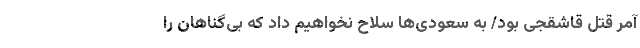
آمر قتل قاشقجی بود/ به سعودی‌ها سلاح نخواهیم داد که بی‌گناهان را